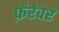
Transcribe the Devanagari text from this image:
फ़ैरेवर